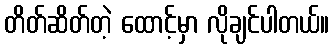
တိတ်ဆိတ်တဲ့ ထောင့်မှာ လိုချင်ပါတယ်။